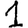
Digit: 1